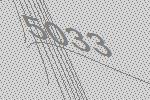
5033